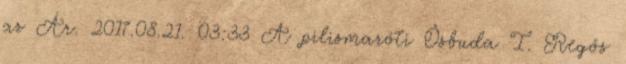
az Ár. 2017.08.21. 03:33 A pilismaróti Ősbuda I. Regős